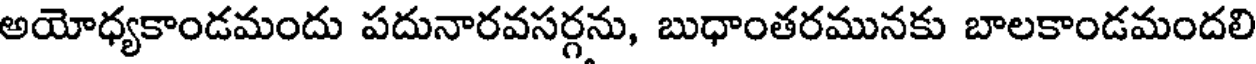
అయోధ్యకాండమందు పదునారవసర్గను, బుధాంతరమునకు బాలకాండమందలి